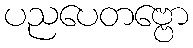
ပညပေတဗ္ဗော